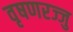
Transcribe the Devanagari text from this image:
वृषणरज्जु